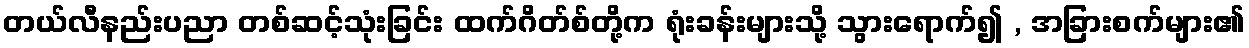
တယ်လီနည်းပညာ တစ်ဆင့်သုံးခြင်း ထက်ဂိတ်စ်တို့က ရုံးခန်းများသို့ သွားရောက်၍ , အခြားစက်များ၏